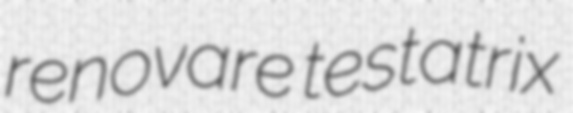
renovare testatrix